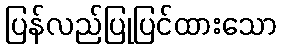
ပြန်လည်ပြုပြင်ထားသော